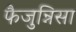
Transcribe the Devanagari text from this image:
फैजुन्निसा